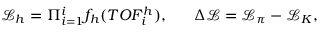
\mathcal { L } _ { h } = \Pi _ { i = 1 } ^ { i } f _ { h } ( T O F _ { i } ^ { h } ) , ~ ~ ~ ~ ~ \Delta \mathcal { L } = \mathcal { L } _ { \pi } - \mathcal { L } _ { K } ,